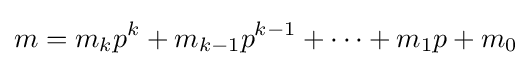
m=m_{k}p^{k}+m_{k-1}p^{k-1}+\cdots +m_{1}p+m_{0}